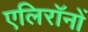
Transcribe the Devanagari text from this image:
एलिरॉनों